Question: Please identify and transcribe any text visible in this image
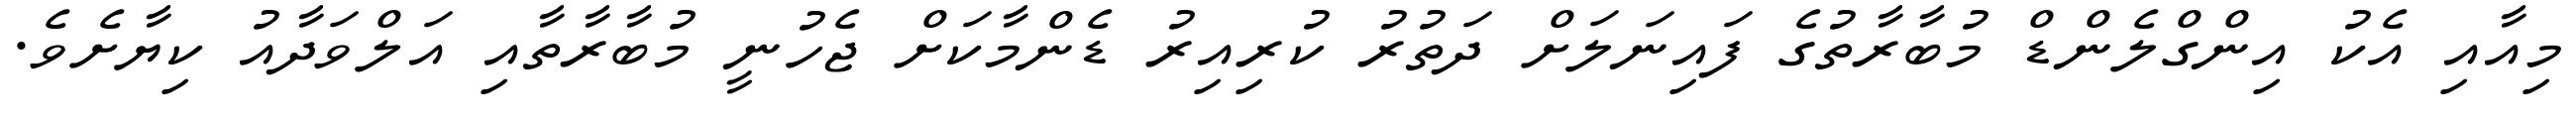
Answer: މިއާއި އެކު އިންގްލެންޑް މުބާރާތުގެ ފައިނަލަށް ދަތުރު ކުރިއިރު ޑެންމާކަށް ޖެހުނީ މުބާރާތާއި އަލްވަދާއު ކިޔާށެވެ.